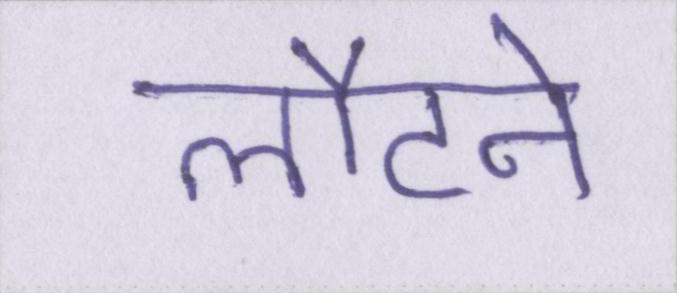
लौटने